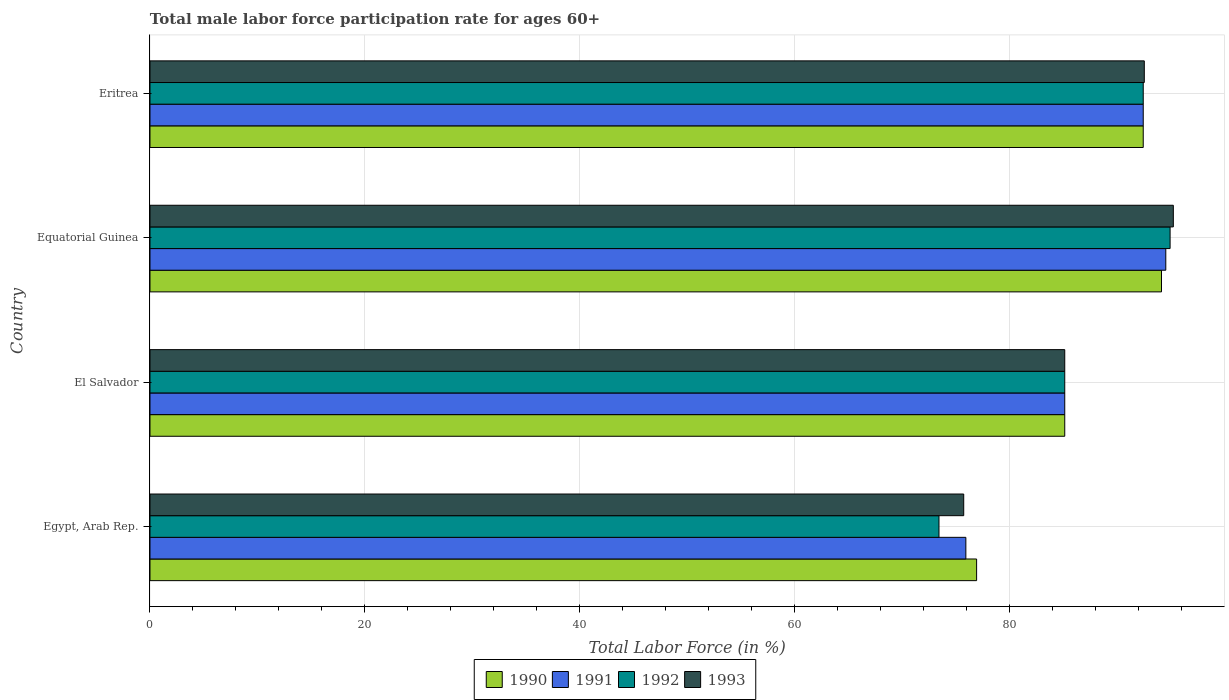
| Country | 1990 | 1991 | 1992 | 1993 |
 | --- | --- | --- | --- | --- |
 | Egypt, Arab Rep. | 76.9 | 75.9 | 73.4 | 75.7 |
 | El Salvador | 85.1 | 85.1 | 85.1 | 85.1 |
 | Equatorial Guinea | 94.1 | 94.5 | 94.9 | 95.2 |
 | Eritrea | 92.4 | 92.4 | 92.4 | 92.5 |